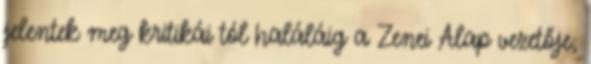
jelentek meg kritikái tól haláláig a Zenei Alap vezetője;